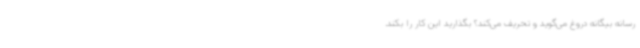
رسانه بیگانه دروغ می‌گوید و تحریف می‌کند؟ بگذارید این کار را بکند.